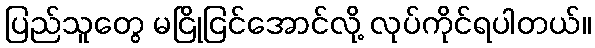
ပြည်သူတွေ မငြိုငြင်အောင်လို့ လုပ်ကိုင်ရပါတယ်။